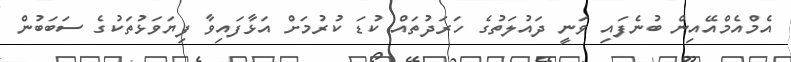
އެމްއެމްއޭއިން ބުނެފައި ވަނީ ދައުލަތުގެ ހަރަދުތައް ކުޑަ ކުރުމަށް އަޅާފައިވާ ފިޔަވަޅުތަކުގެ ސަބަބުން